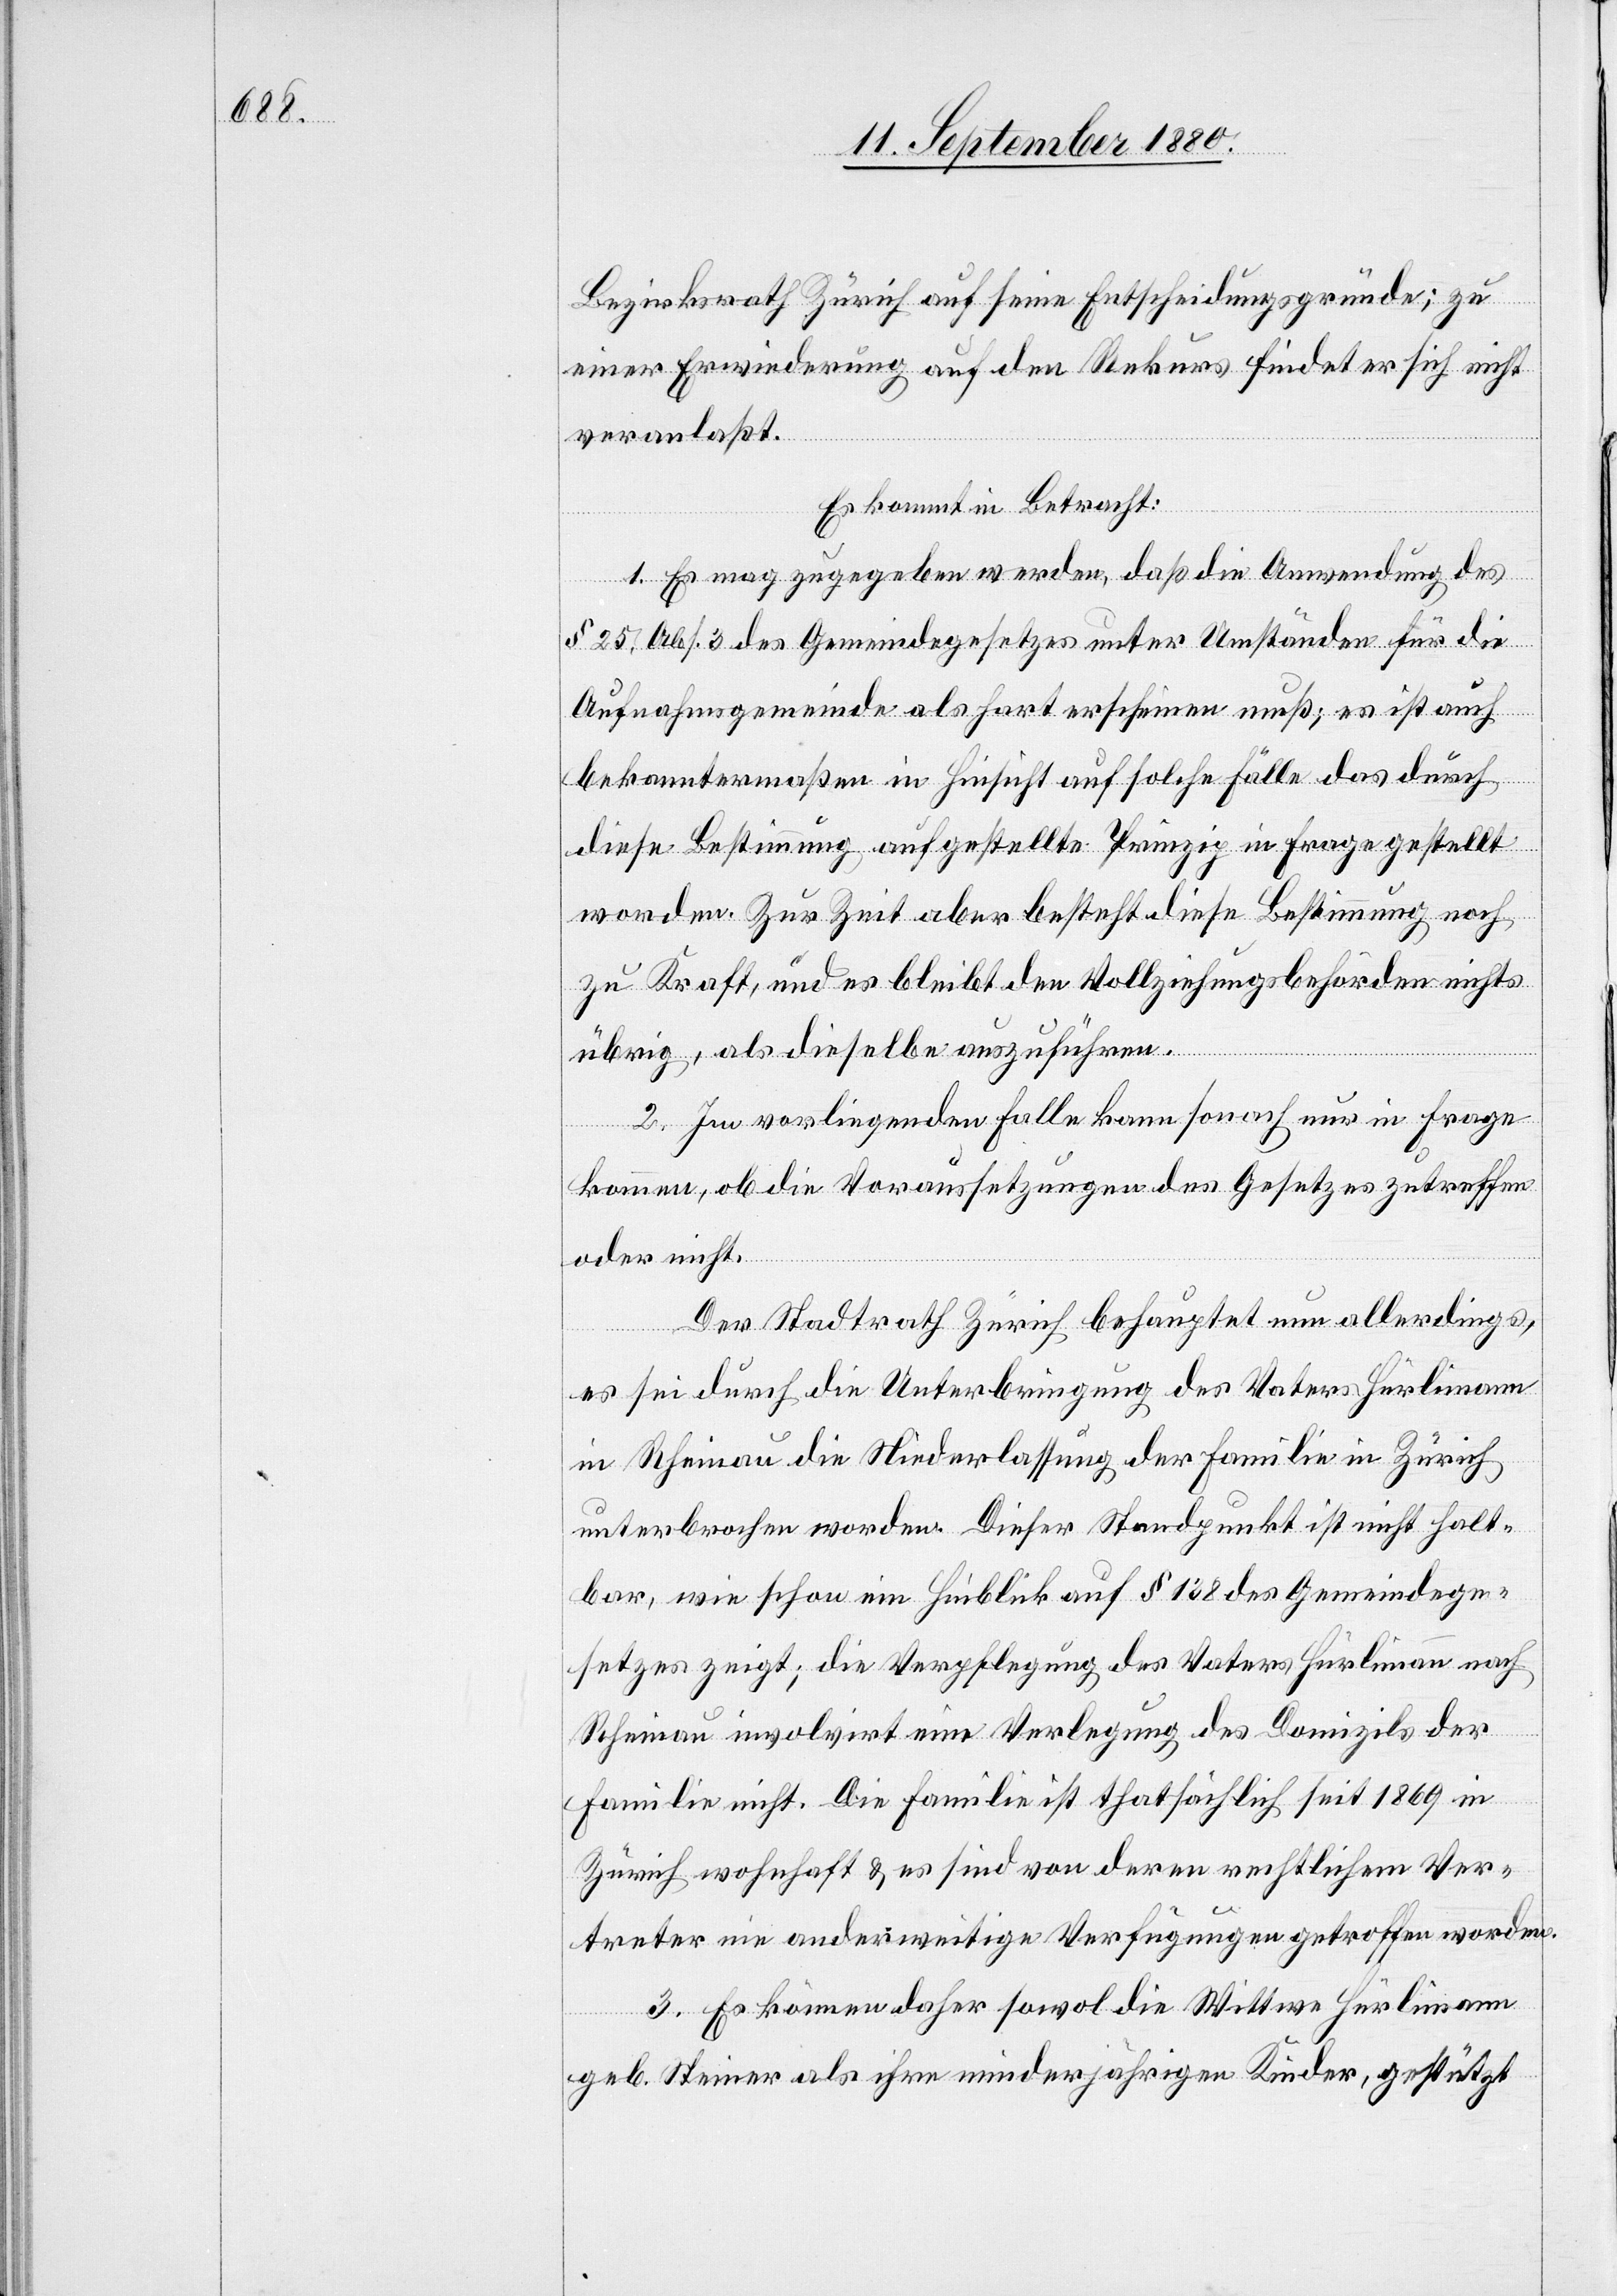
Bezirksrath Zürich auf seine Entscheidungsgründe; zu
einer Erwiederung auf den Rekurs findet er sich nicht
veranlaßt.
Es kommt in Betracht:
1. Es mag zugegeben werden, daß die Anwendung des
§ 25, Abs. 3 des Gemeindegesetzes unter Umständen für die
Aufnahmsgemeinde als hart erscheinen muß; es ist auch
bekanntermaßen in Hinsicht auf solche Fälle das durch
diese Bestimmung aufgestellte Prinzip in Frage gestellt
worden. Zur Zeit aber besteht diese Bestimmung noch
zu Kraft, und es bleibt den Vollziehungsbehörden nichts
übrig, als dieselben auszuführen.
2. Im vorliegenden Falle kann sonach nur in Frage
kommen, ob die Voraussetzungen des Gesetzes zutreffen
oder nicht.
Der Stadtrath Zürich behauptet nun allerdings,
nach
es sei durch die Unterbringung des Vaters Hürlimann
in Rheinau die Niederlassung der Familie in Zürich
unterbrochen worden. Dieser Standpunkt ist nicht halt¬
bar, wie schon ein Hinblick auf § 138 des Gemeindege¬
setztes zeigt; die Verpflegung [recte: Verlegung]
Rheinau involvirt eine Verlegung des Domizils der
Familie nicht. Die Familie ist thatsächlich seit 1869 in
Zürich wohnhaft & es sind von deren rechtlichen Ver¬
treter nie anderweitige Verfügungen getroffen worden.
3. Es können daher sowol die Witwe Hürlimann
geb. Steiner als ihre minderjährigen Kinder, gestützt